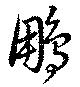
鵬